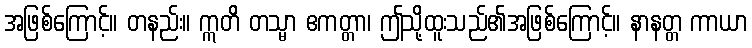
အဖြစ်ကြောင့်။ တနည်း။ ဣတိ တသ္မာ ဧကတ္တာ၊ ဤသို့ထူးသည်၏အဖြစ်ကြောင့်။ နာနတ္တ ကာယာ